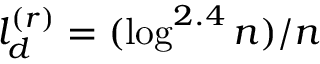
l _ { d } ^ { ( r ) } = ( \log ^ { 2 . 4 } n ) / n